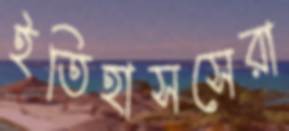
ইতিহাসসেরা